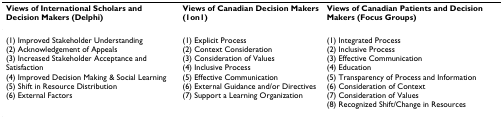
<table><thead><tr><td><b>Views of International Scholars and Decision Makers (Delphi)</b></td><td><b>Views of Canadian Decision Makers(1on1)</b></td><td><b>Views of Canadian Patients and Decision Makers (Focus Groups)</b></td></tr></thead><tbody><tr><td>(1) Improved Stakeholder Understanding(2) Acknowledgement of Appeals(3) Increased Stakeholder Acceptance and Satisfaction(4) Improved Decision Making &amp; Social Learning(5) Shift in Resource Distribution(6) External Factors</td><td>(1) Explicit Process(2) Context Consideration(3) Consideration of Values(4) Inclusive Process(5) Effective Communication(6) External Guidance and/or Directives(7) Support a Learning Organization</td><td>(1) Integrated Process(2) Inclusive Process(3) Effective Communication(4) Education(5) Transparency of Process and Information(6) Consideration of Context(7) Consideration of Values(8) Recognized Shift/Change in Resources</td></tr></tbody></table>